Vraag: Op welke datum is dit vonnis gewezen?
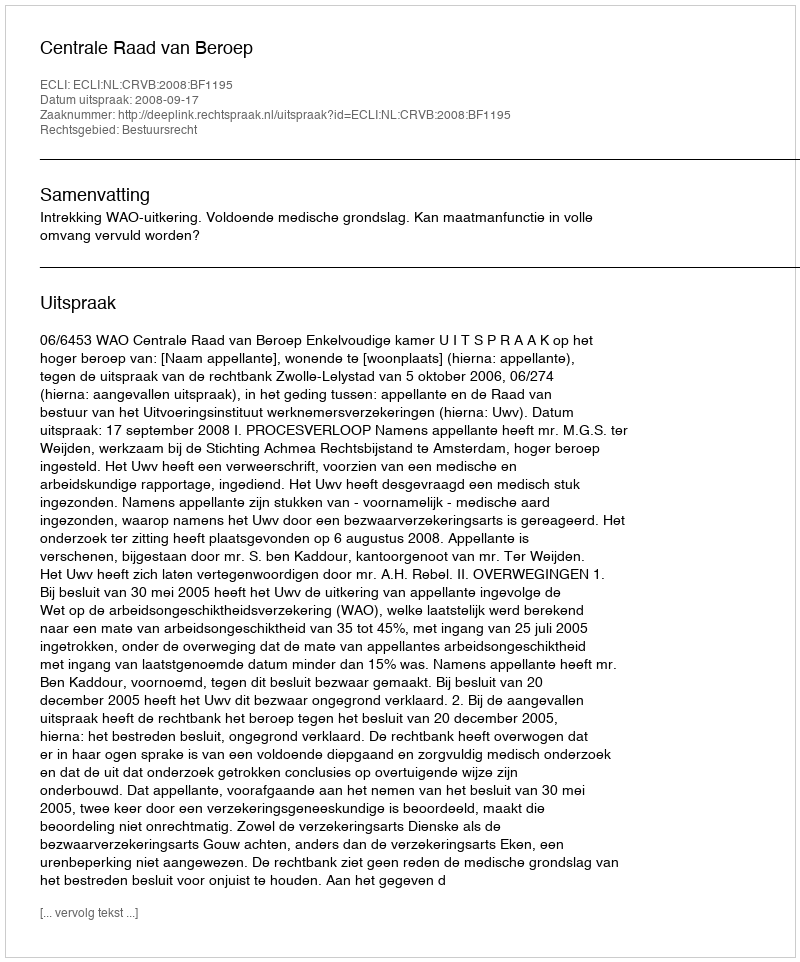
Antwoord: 2008-09-17